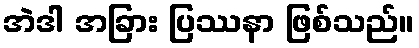
အဲဒါ အခြား ပြဿနာ ဖြစ်သည်။